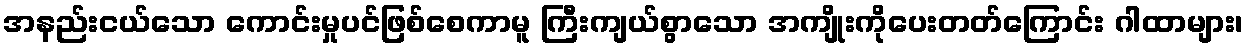
အနည်းငယ်သော ကောင်းမှုပင်ဖြစ်စေကာမူ ကြီးကျယ်စွာသော အကျိုးကိုပေးတတ်ကြောင်း ဂါထာများ၊